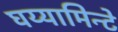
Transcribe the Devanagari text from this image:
घय्यामिन्टे